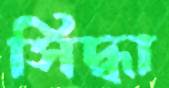
সিদ্ধা